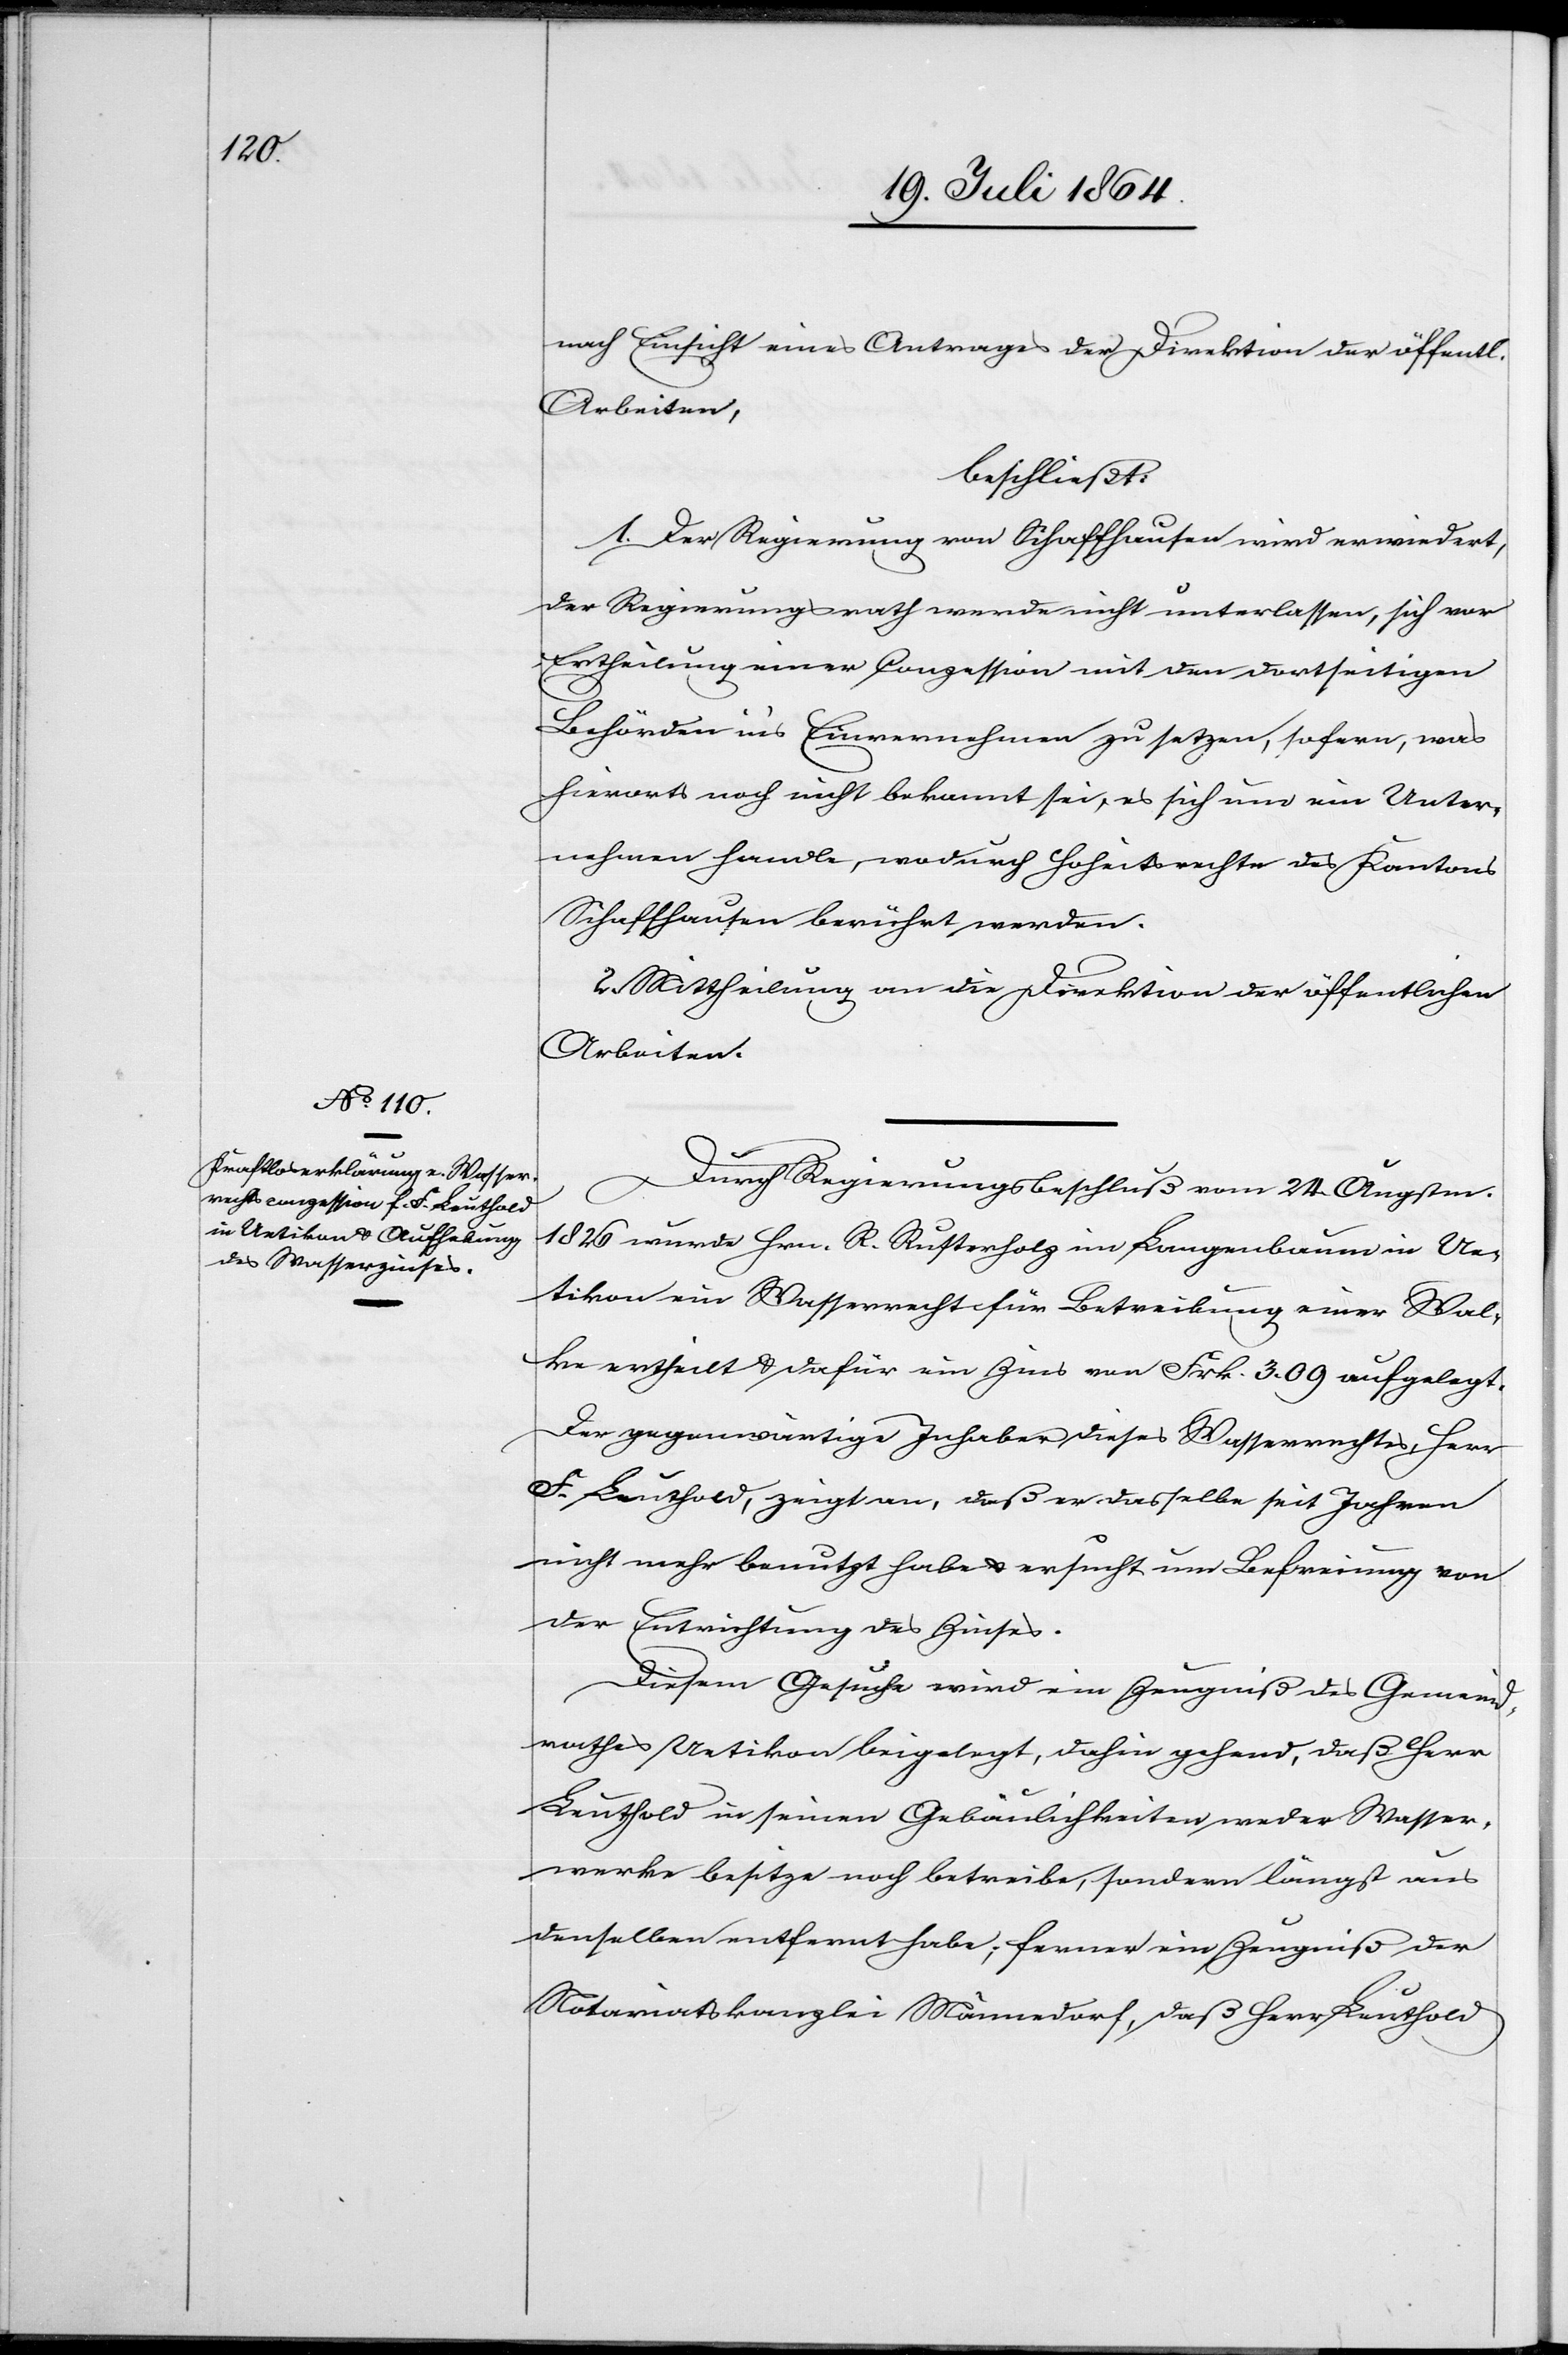
nach Einsicht eines Antrages der Direktion der öffentl.
Arbeiten,
beschließt:
1. Der Regierung von Schaffhausen wird erwiedert,
der Regierungsrath werde nicht unterlassen, sich vor
Ertheilung einer Conzession mit den dortseitigen
Behörden in’s Einvernehmen zu setzen, sofern, was
hierorts noch nicht bekannt sei, es sich um ein Unter¬
nehmen handle, wodurch Hoheitsrechte des Kantons
Schaffhausen berührt werden.
2. Mittheilung an die Direktion der öffentlichen
Arbeiten.
Durch Regierungsbeschluß vom 24. Augstm.
1826 wurde Hrn. R. Rusterholz im Langenbaum in Ue¬
tikon ein Wasserrecht für Betreibung einer Wal¬
ke ertheilt u. dafür ein Zins von Frk. 3.09 aufgelegt.
Der gegenwärtige Inhaber dieses Wasserrechtes, Herr
F. Leuthold, zeigt an, daß er dasselbe seit Jahren
nicht mehr benutzt habe u. ersucht um Befreiung von
der Entrichtung des Zinses.
Diesem Gesuche wird ein Zeugniß des Gemeind¬
rathes Uetikon beigelegt, dahin gehend, daß Herr
Leuthold in seinen Gebäulichkeiten weder Wasser¬
werke besitze noch betreibe, sondern längst aus
denselben entfernt habe; ferner im Zeugniß der
Notariatskanzlei Männedorf, daß Herr Leuthold